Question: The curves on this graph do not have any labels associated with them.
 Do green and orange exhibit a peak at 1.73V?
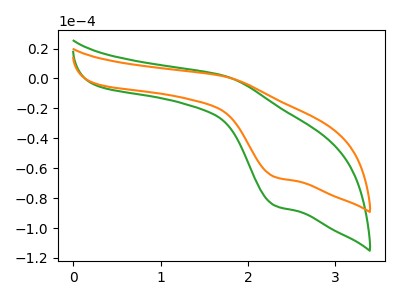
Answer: <think>The green curve "green" has an anodic peak at (1.75V, 1.70uA) and a cathodic peak at (2.30V, -84.95uA). The orange curve "orange" has an anodic peak at (1.75V, 1.30uA) and a cathodic peak at (2.30V, -65.80uA).</think>
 <answer>Yes, "green" and "orange" share a peak at 1.73V.</answer>
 <eval>match</eval>